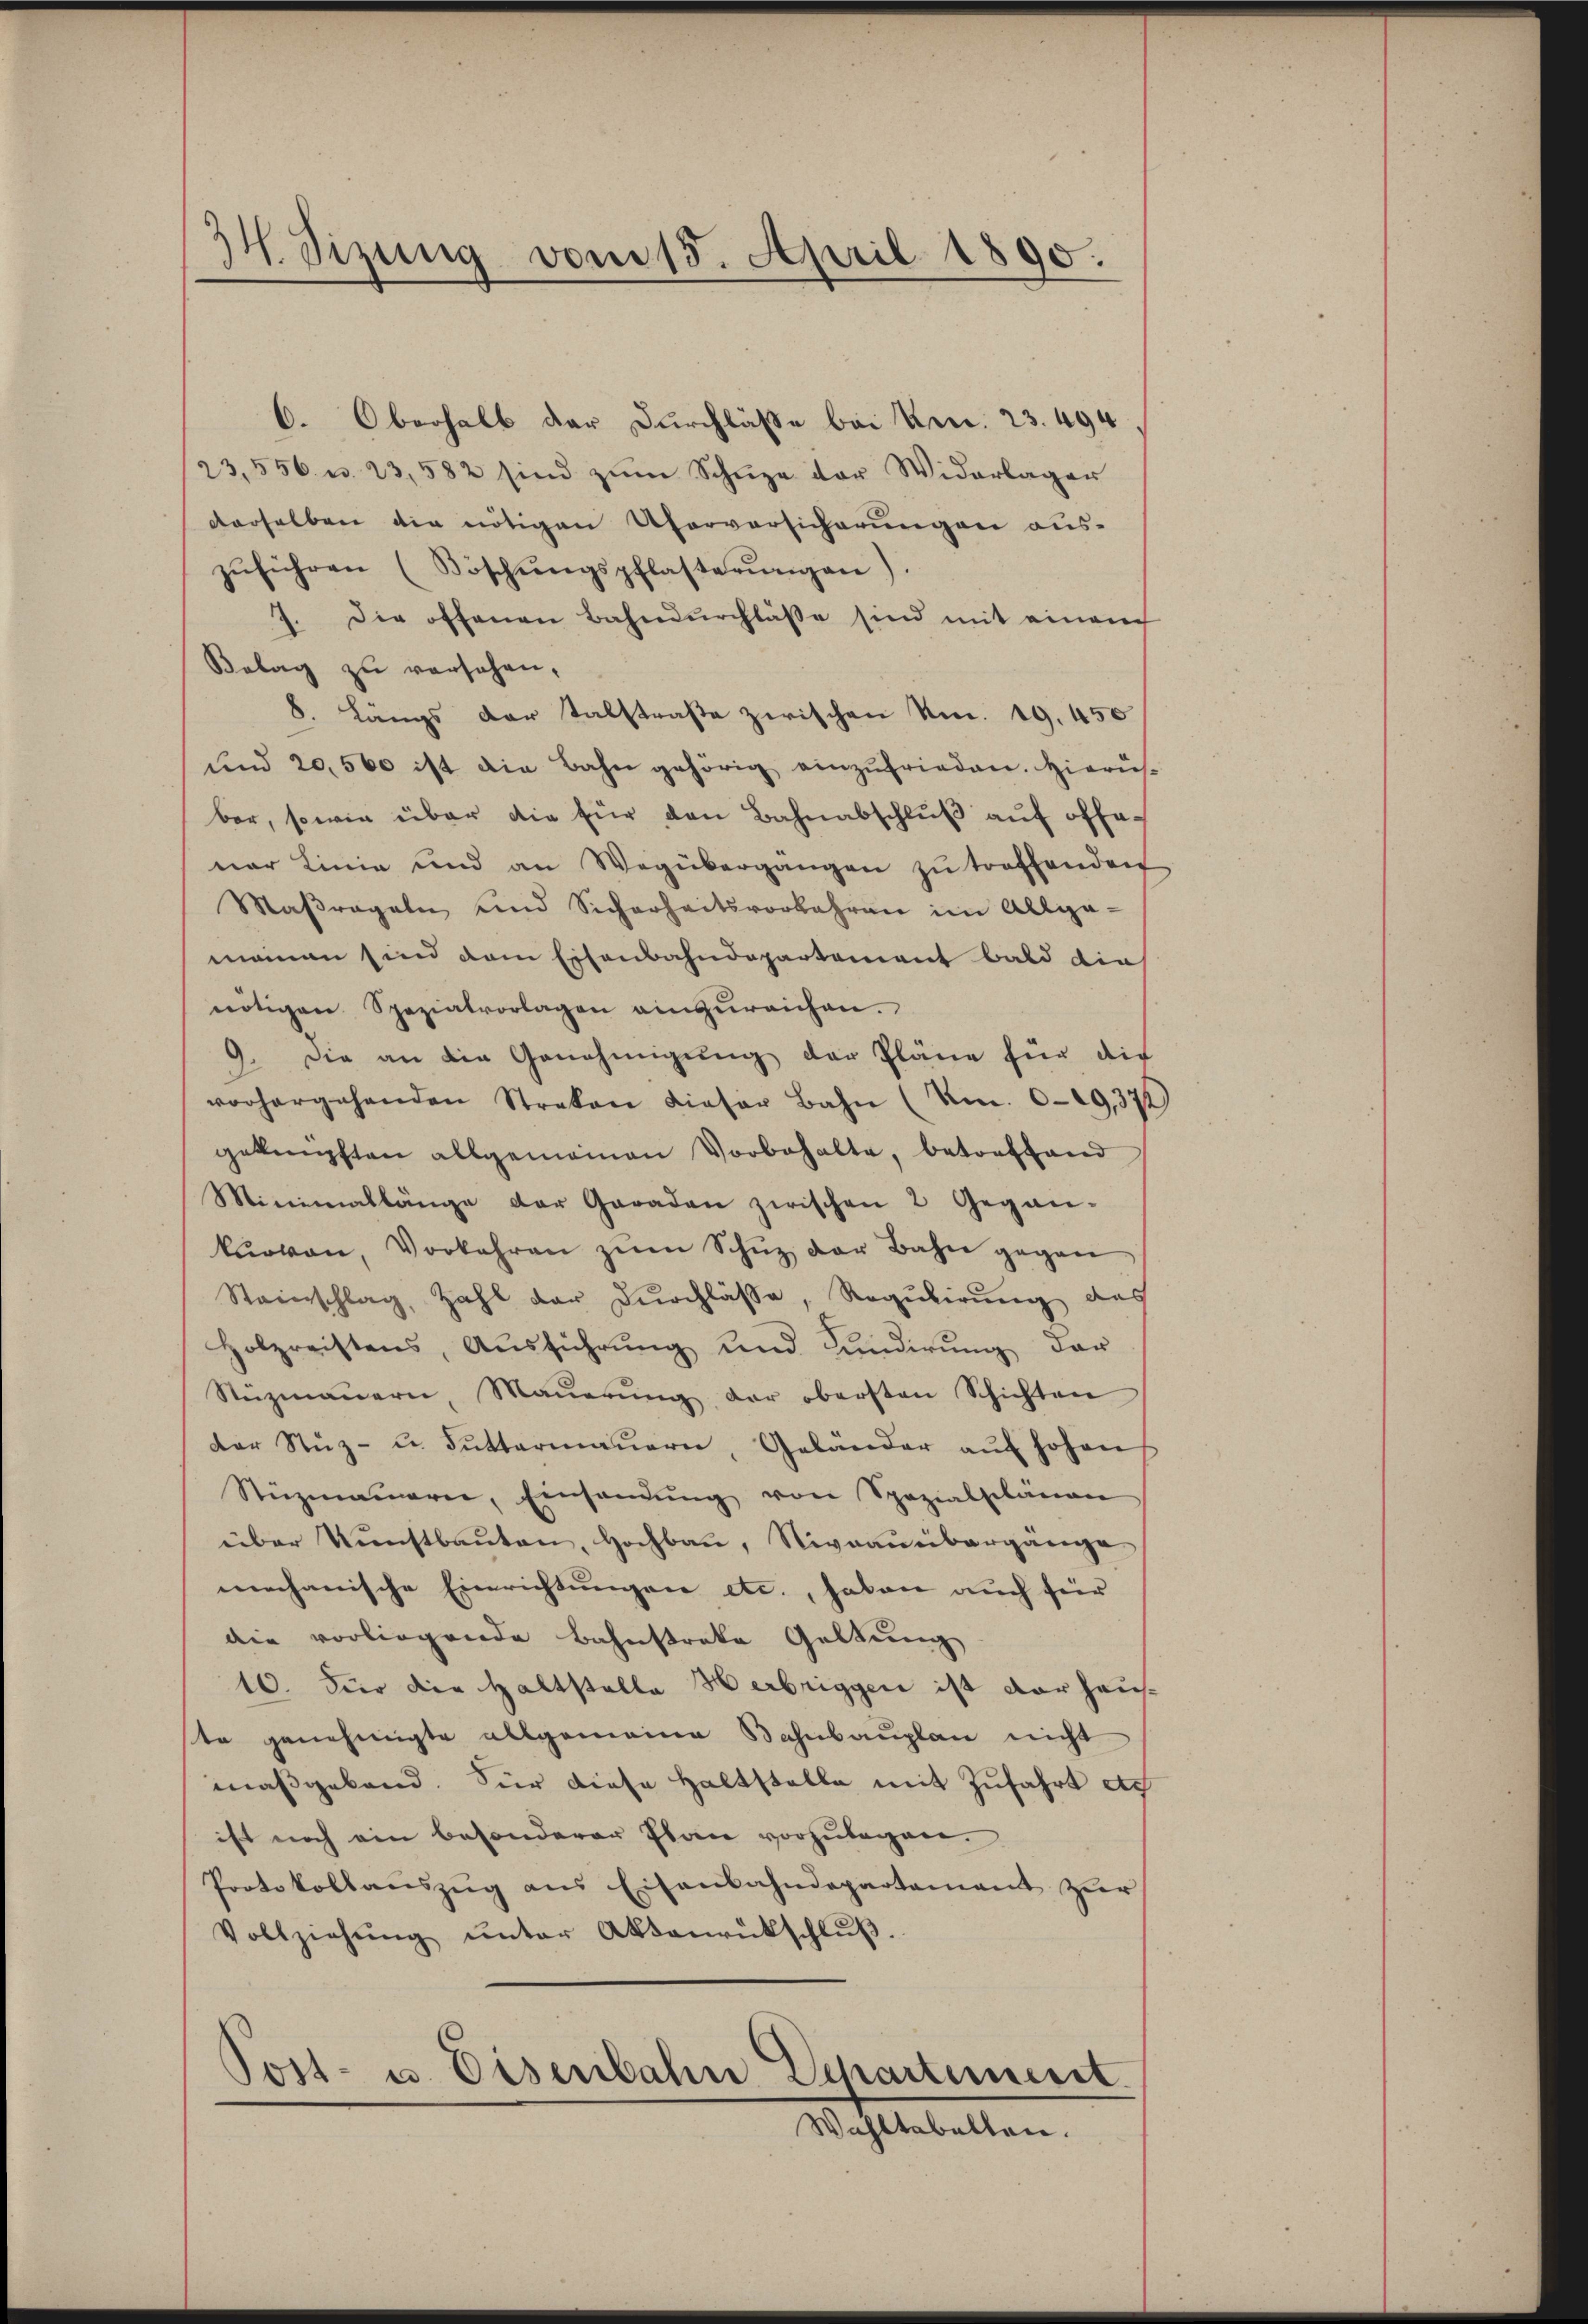
34. Sizung vom 15. April 1890.

6. Oberhalb der Durchlasse bei Kr. 23. 494
23,556 u. 23,582 sind zŭm Schŭze der Widerlager
derselben die nötigen Uferversicherungen aus-
zŭführen (Böschŭngspflasterŭngen).
7. Die offenen Bahndŭrchlässe sind mit einen
Belag zu versehen,
8. Längs der Talstraße zwischen Am. 19. 450
und 20,500 ist die Bahn gehörig einzufrieden. Hierü-
bar, sowie über die für den Bahnabschlŭβ aŭf offener Linie und an Wegübergangen zu treffenden
Maβregeln und Sicherheitsvorfahren im Allge-
mainen sind dem Eisenbahndepartement bald die
nötigen Spezialvorlagen einzŭreichen.
9. Die an die Genehmigŭng der Pläne für die
vorhergehenden Streken dieser Bahn (Um. 0-19,371
geknüpften allgemeinen Vorbehalte, betreffend
Minimallänge der Garaden zwischen 2 Gegen-
kurven, Vorkehren zŭm Schŭz der Bahn gegen
Steinschlag, Zahl der Durchläβe, Regulirung das
Holzreistens, Aŭsführŭng und Candirŭng der
Nüzmaŭern Maŭerŭng der obersten Schichten
der Stŭz- u. Buttermaŭern, Geländer aŭf hohen
Stüzmaiern, Einsanŭng von Spezialplänen
über Kunstbaŭten, Hochbau, Niveaŭübergänge
mechanische Einrichtungen etc., haben auch für
die vorliegende Bahnstreke Geltung
10. Für die Haltstalla Herbriggen ist der hauste genehmigte allgemeine Bahnbauplan nicht
maßgebend. Für diese Haltstelle mit Zufahrt etc
ist noch ein besonderer Plan vorzulegen.
Protokollaŭszŭg ans Eisenbahndepartamant hier
Vollziehŭng ŭnter Aktenrückschlŭβ.
Post- u. Eisenbahn Departement.
Wahltabellen.